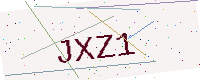
Text: JXZ1